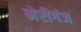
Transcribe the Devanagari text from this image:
मेरीगंज